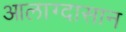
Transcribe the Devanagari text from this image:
आलाग्दासान